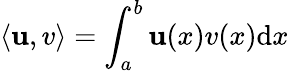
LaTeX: \left\langle\mathbf{u},v\right\rangle=\int_{a}^{b}\mathbf{u}(x)v(x)\mathrm{d}x